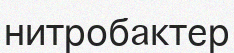
нитробактер